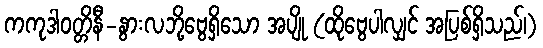
ကကုဒါဝတ္တိနီ-နွားလဘို့ဗွေရှိသော အပျို (ထိုဗွေပါလျှင် အပြစ်ရှိသည်၊)